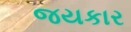
જયકાર